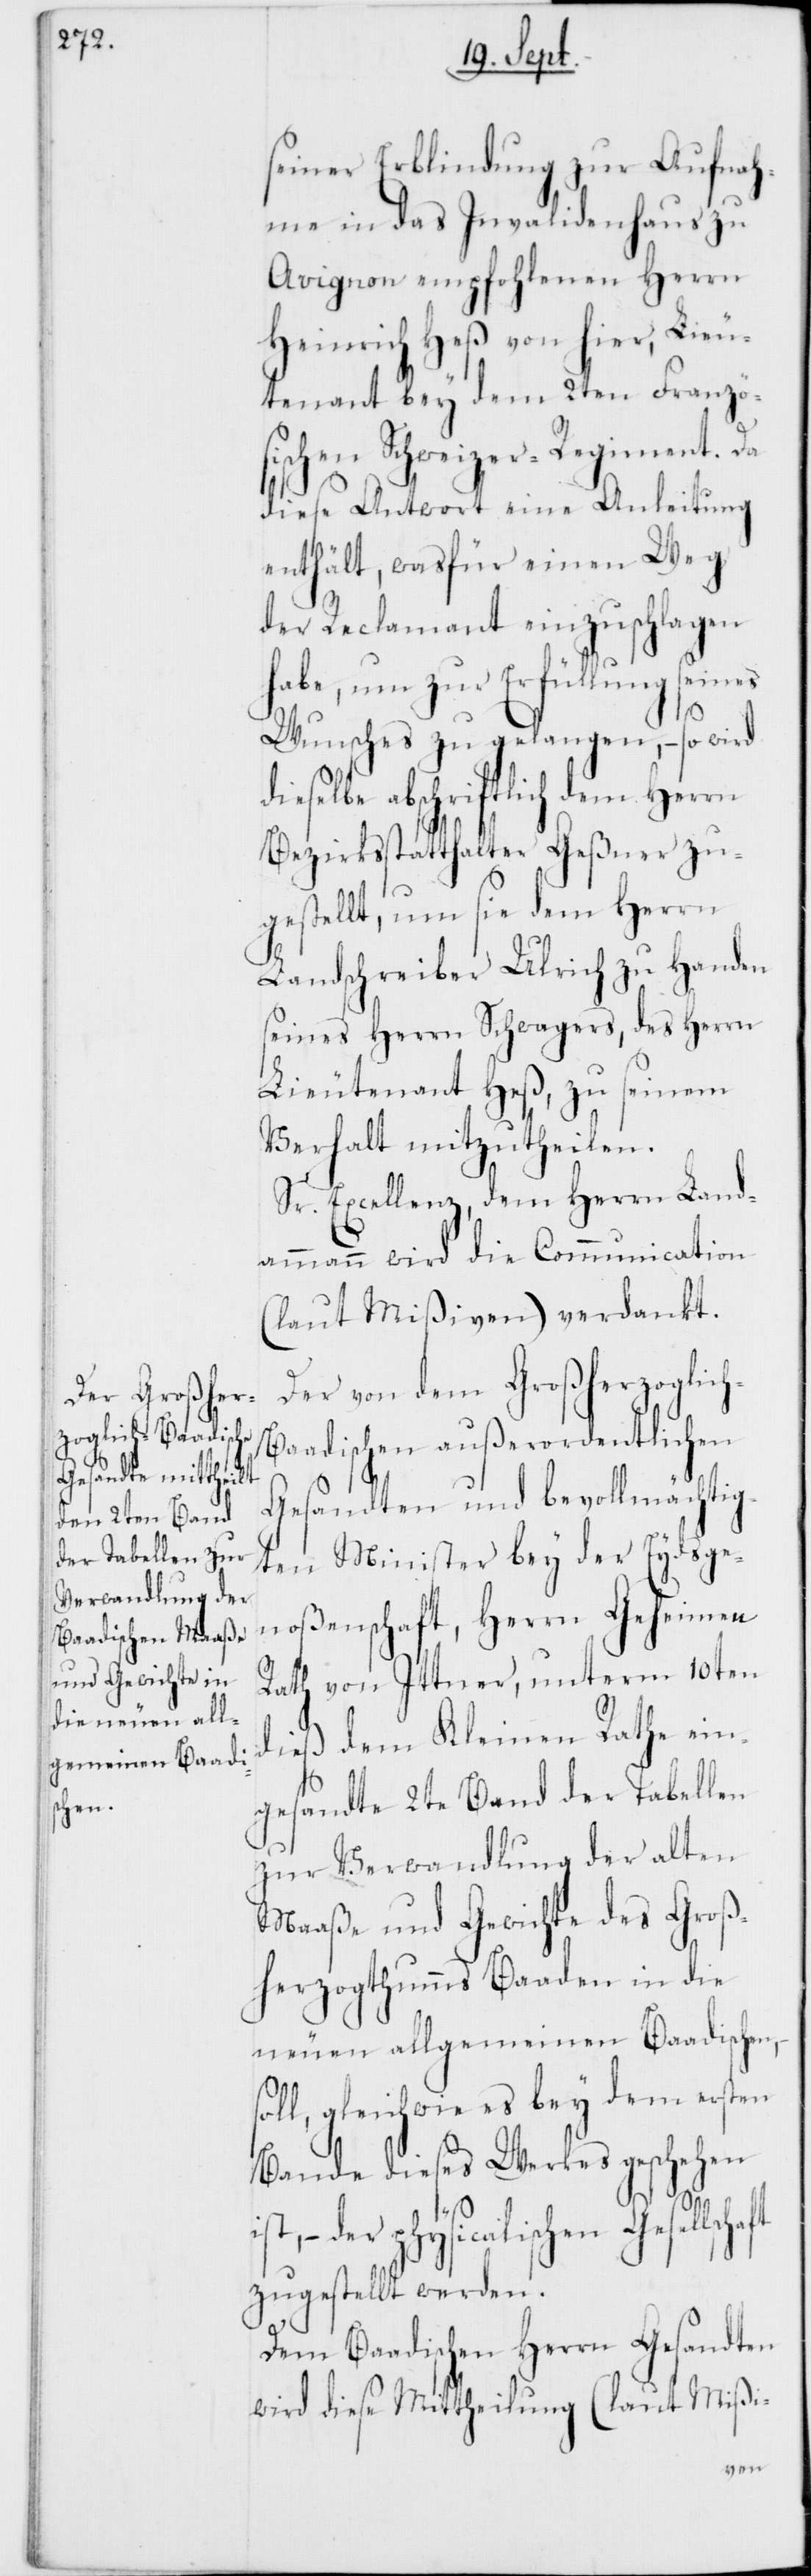
schaft

seiner Erblindung zur Aufnah¬
me in das Invalidenhaus zu
Avignon empfohlenen Herrn
Heinrich Heß von hier, Lieu¬
tenant bey dem 2ten Französ¬
ischen Schweizer-Regiment. Da
diese Antwort eine Anleitung
enthält, was für einen Weg
der Reclamant einzuschlagen
habe, um zu Erfüllung seines
s¬
Wunsches zu gelangen, – so wird
abschriftlich dem Herrn
Bezirksstatthalter Geßner zu¬
gestellt, um sie dem Herrn
Landschreiber Ulrich zu Handen
seines Herrn Schwagers, des Herrn
Lieutenant Heß, zu seinem
Verhalt mitzutheilen.
Sr. Excellenz dem Herrn Land¬
ammann wird die Communication
(laut Mißiven) verdankt.
Der von dem Großherzoglic¬
h-Baadischen außerordentlichen
Gesandten und bevollmächtig¬
ten Minister bey der Eydsge¬
noßenschaft, Herrn Geheimen
Rath von Ittner, unterm 10ten
dieß dem Kleinen Rathe ein¬
gesandte 2te Band der Tabellen
zur Verwandlung der alten
Maaße und Gewichte des Groß¬
herzogthumms Baaden in die
neuen allgemeinen Baadischen,
oll, gleichwie es bey dem ersten
Bande dieses Werkes geschehen
– der physicalischen Gesell¬
zugestellt werden.
Dem badischen Herrn Gesandten
wird diese Mittheilung (laut Mißi-